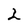
Character: 2